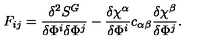
F _ { i j } = \frac { \delta ^ { 2 } S ^ { G } } { \delta \Phi ^ { i } \delta \Phi ^ { j } } - \frac { \delta \chi ^ { \alpha } } { \delta \Phi ^ { i } } c _ { \alpha \beta } \frac { \delta \chi ^ { \beta } } { \delta \Phi ^ { j } } .